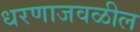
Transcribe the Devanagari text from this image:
धरणाजवळील